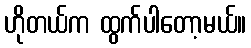
ဟိုတယ်က ထွက်ပါတော့မယ်။